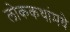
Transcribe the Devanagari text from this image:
लोककथांमधे